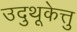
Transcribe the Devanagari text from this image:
उदुथूकेत्तु